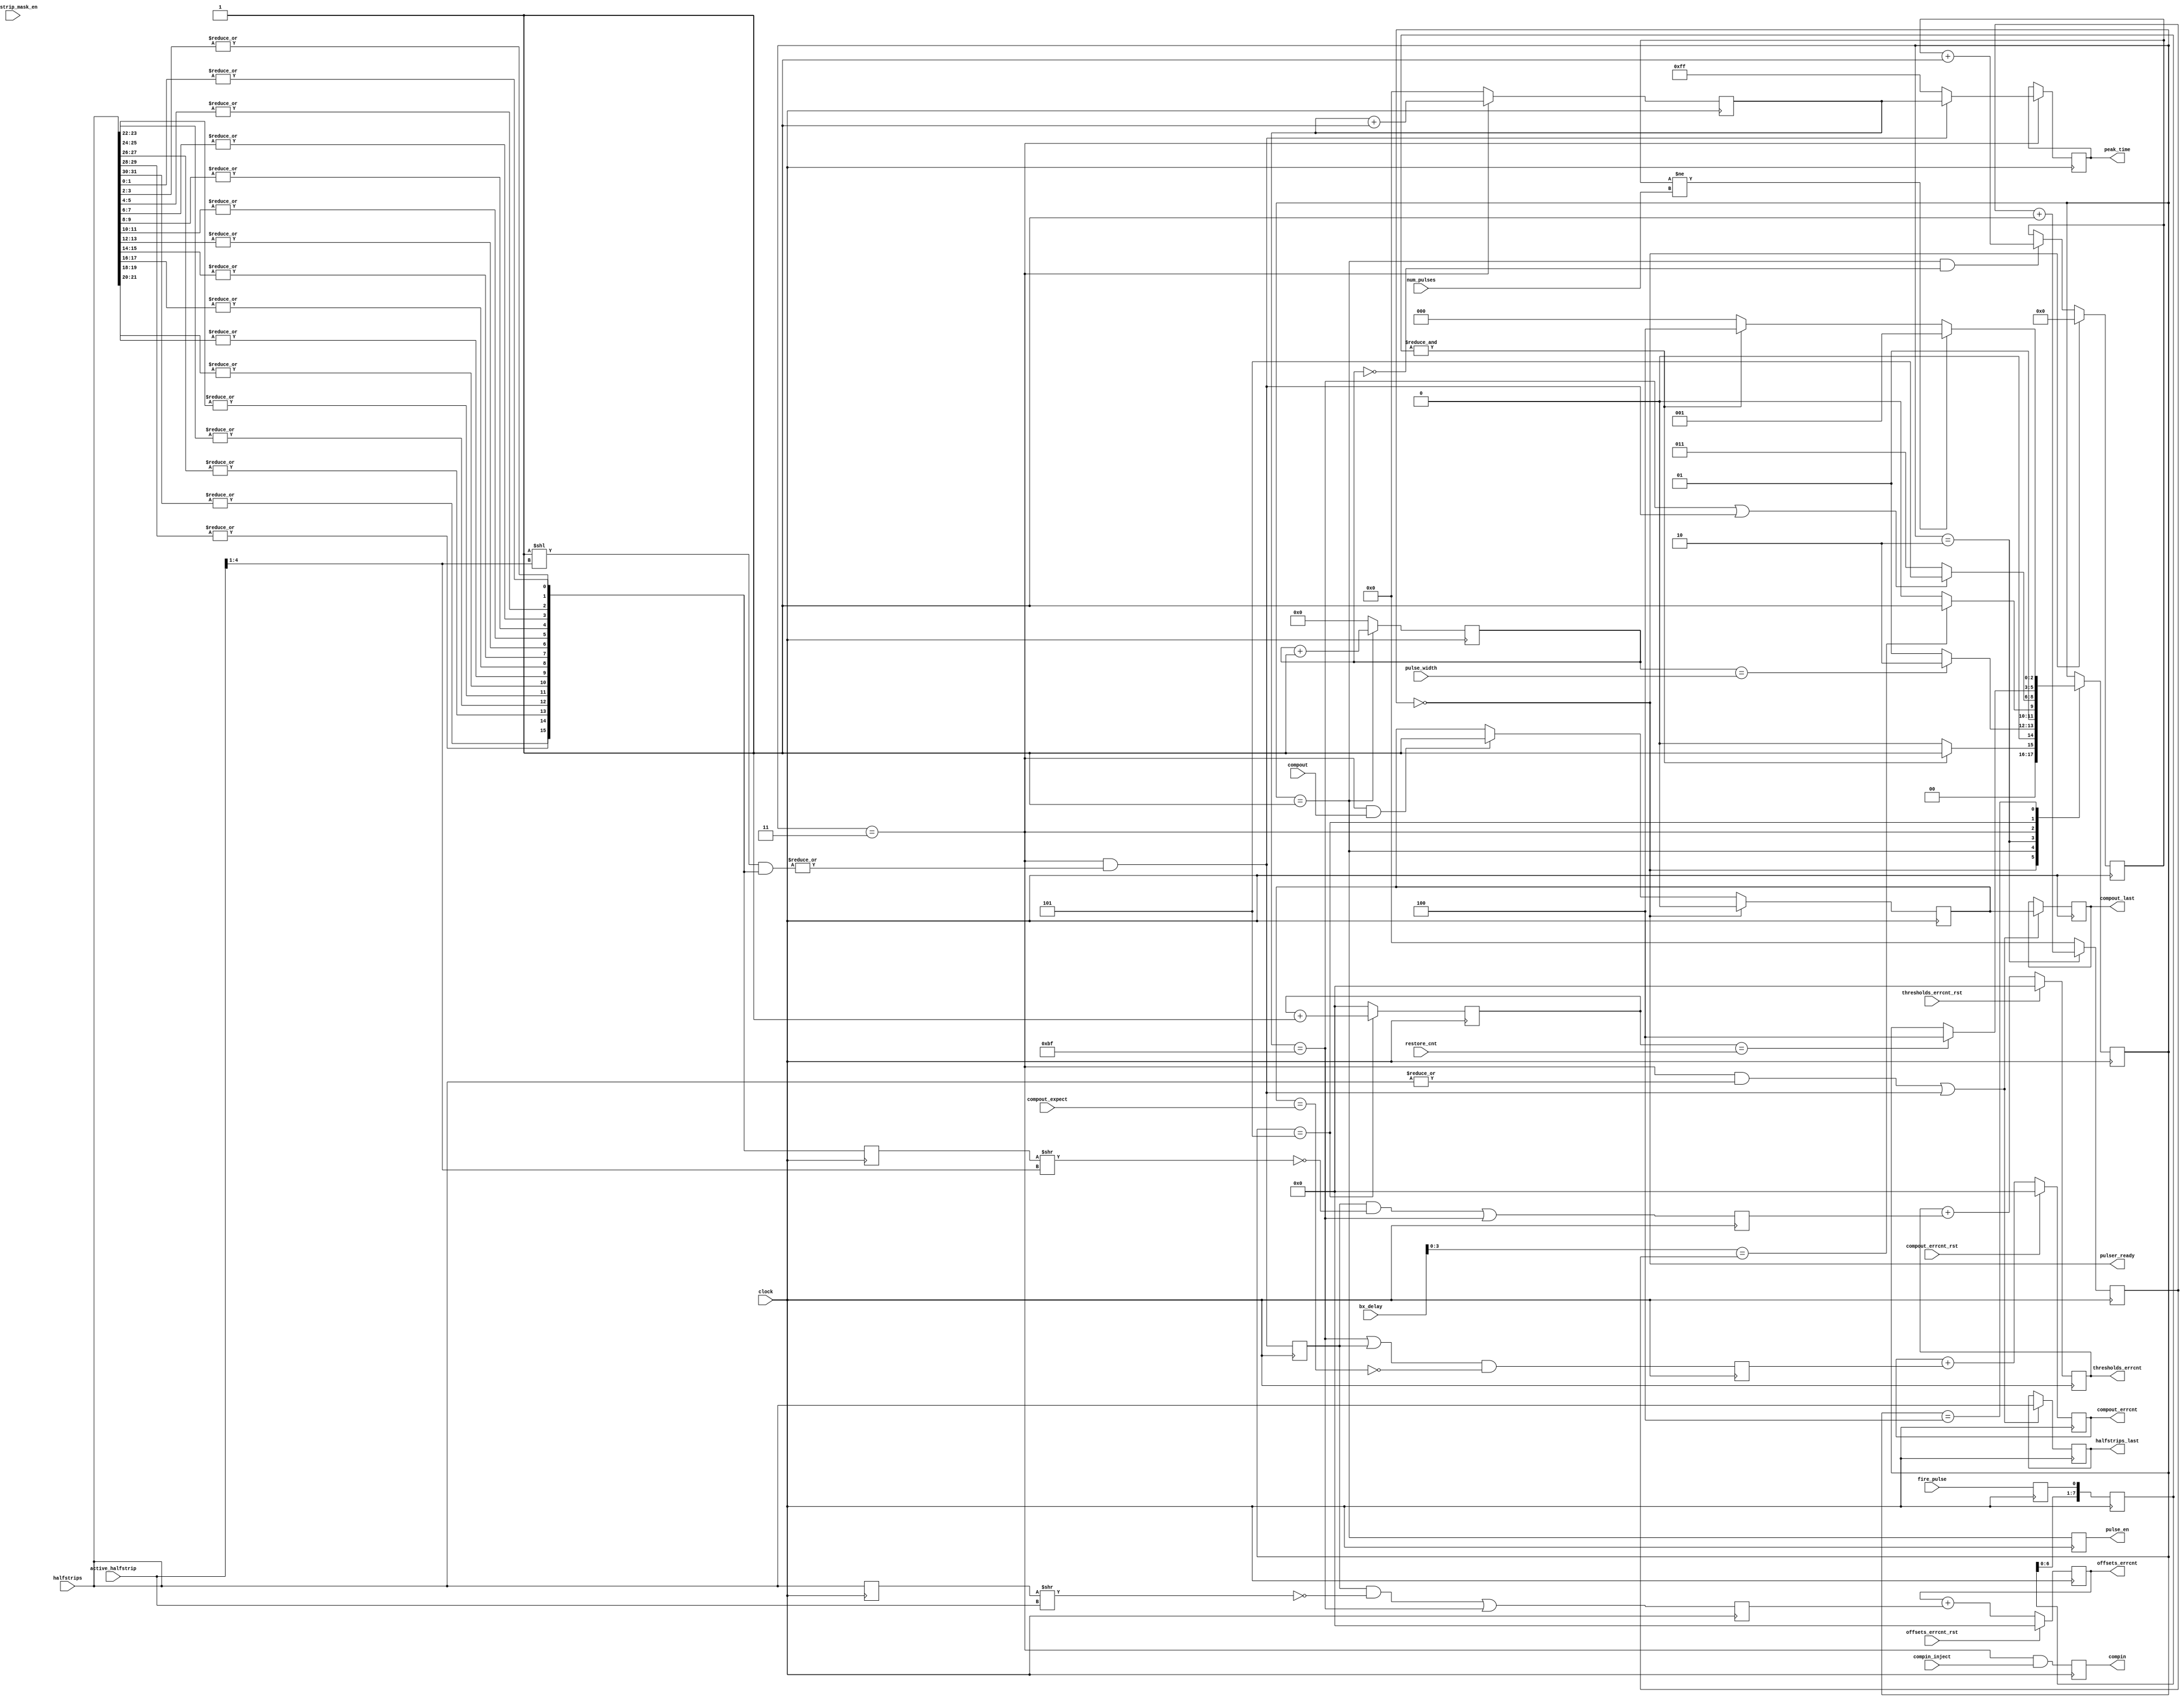
module comparator_injector(

    input      [31:0] halfstrips,
    output reg [31:0] halfstrips_last,

    output reg [15:0] thresholds_errcnt,
    output reg [15:0] offsets_errcnt,
    output reg [15:0] compout_errcnt,

    input compout,
    input compout_expect,
    output reg compout_last,

	  input [4:0] active_halfstrip,
	  input       halfstrip_mask_en,

    input compout_errcnt_rst,
    input offsets_errcnt_rst,
    input thresholds_errcnt_rst,

    input compin_inject,
    output reg compin,

    input fire_pulse,

    input [11:0] num_pulses,
    output pulser_ready,

    input [7:0] bx_delay,
    input [3:0] pulse_width,
	 
	 input [15:0] restore_cnt,
	 
	 output reg [7:0] peak_time,  

    output reg pulse_en,

    input clock
);

reg double_pulse = 0; 

reg fire_ff=0; 
always @(posedge clock)  begin
fire_ff <= fire_pulse; 
end


reg[7:0] fire_pulse_debounced=0; 
always @(posedge clock) begin
	fire_pulse_debounced <= {fire_pulse_debounced[6:0], fire_ff}; 
end

wire fire = &fire_pulse_debounced; 


assign pulser_ready = (pulser_sm==idle);

reg compout_went_high=0; 
always @(posedge clock) begin
	
	if (pulser_sm==idle)
		compout_went_high <= 1'b0; 
	
	else if (pulser_sm==readout && compout)
		compout_went_high <= 1'b1; 

end

/* Latch Halfstrips when the Triad is Updated with Non-zero bits*/
// (1) first condition covers the case that we want to readout the last halfstrips in the case that the chip doesn't trigger
// (2) second condition covers the case that the chip triggers (for just 1bx) so this latches only the hs that generated the trigger + (possibly) triad extended prior hits 
always @(posedge clock) begin
    halfstrips_last <= ((pulser_sm==readout && |halfstrips) || trigger) ? halfstrips : halfstrips_last;
    compout_last    <= ((pulser_sm==readout && |halfstrips) || trigger) ? compout_went_high   : compout_last;
end


reg [31:0] halfstrip_expect_mask;    // 32 bit mask of which halfstrip we should see a pulse on

always @(posedge clock) begin
  halfstrip_expect_mask <= (halfstrip_mask_en) << (active_halfstrip);
end

//reg [15:0] strip_expect_mask; // 16 bit mask of which strip we should see a pulse on (reduced from halfstrip mask)
wire [15:0] strips; // 16 bit mask of which strip we should see a pulse on (reduced from halfstrip mask)
genvar istrip;
generate
  for (istrip=0; istrip<16; istrip=istrip+1) begin: stripmask_loop
//always @(posedge clock) begin
//   strip_expect_mask [istrip] <= |(halfstrip_expect_mask[istrip*2+1:istrip*2]);
//  end
//   
	 assign strips[istrip] = |(halfstrips[istrip*2+1:istrip*2]);
  end
endgenerate

reg [15:0] strips_ff; 
reg [31:0] halfstrips_ff; 
always @(posedge clock) begin
strips_ff <= strips; 
halfstrips_ff <= halfstrips; 
end


wire [15:0] trigger_mask;  // this is a hack due to the fact that we can't turn off individual pulse muxers
//assign trigger_mask [0] = (active_halfstrip!=31 && active_halfstrip!=30);  // don't look at 0 when we are pulsing 15
//assign trigger_mask [15] = (active_halfstrip!=0 && active_halfstrip!=1); // don't look at 15 when we are pusling 0
//assign trigger_mask [14:1] = (-1);  // these are always OK

assign trigger_mask = 1'b1<<(active_halfstrip>>1'b1);   // trigger on either hit on this STRIP (either halfstrip)

assign trigger = (pulser_sm==readout) &&  (|( trigger_mask & strips));

reg trigger_ff; 
always @ (posedge clock)
trigger_ff <= trigger;

//----------------------------------------------------------------------------------------------------------------------
// Pulser State Machine
//----------------------------------------------------------------------------------------------------------------------

parameter sm_cnt=4;

reg [7:0] timeout_cnt;

reg [3:0] pulse_width_cnt=0;
reg [15:0] baseline_restore_cnt=0;
reg [7:0] delay_cnt=0;
reg [11:0] num_pulsed=0;

reg [2:0] pulser_sm = 3'h0;

parameter [7:0] TIMEOUT = 191;

parameter [2:0] idle      = 3'd0;
parameter [2:0] pulsing   = 3'd1;
parameter [2:0] delay     = 3'd2;
parameter [2:0] readout   = 3'd3;
parameter [2:0] rearming  = 3'd4;
parameter [2:0] restore   = 3'd5;

wire timed_out = (timeout_cnt==TIMEOUT);

always @(posedge clock)
begin

    case (pulser_sm)
	 
			// idle, waiting for signal
        idle    : pulser_sm <= (fire)                                         ? pulsing   : idle;

			// pulsing, turn on pulse for n-clocks
        pulsing : pulser_sm <= (pulse_width_cnt==pulse_width)                 ? delay     : pulsing;

			// delay, wait for n-clocks before checking data
        delay   : pulser_sm <= (bx_delay[3:0]==delay_cnt)                     ? readout   : delay;

			// readout, wait for trigger or timeout
        readout : begin
							
							 if (timed_out || trigger) 		      	pulser_sm <= restore; 
							 else 	             							pulser_sm <= readout; 
							 
							 if (trigger) 								peak_time <= timeout_cnt; 
							 else 								peak_time <= (-1);  
								
			end
			
    		// restore, wait for baseline to restore
			restore : begin
			
			if (baseline_restore_cnt==restore_cnt)
				pulser_sm <= rearming; 
				
			end
	
		   // rearming for next pulse
			rearming: begin
		  
				if 	  (num_pulsed!=num_pulses) 	pulser_sm <= pulsing; 
				else if (fire) 							pulser_sm <= rearming; // hold in rearming state until fire is deasserted
				else 		                       		pulser_sm <= idle; 
				
		  end
		  
    endcase

end

always @ (posedge clock) begin

  if (pulser_sm==idle) begin
    num_pulsed <= 0;
  end
  else if (pulser_sm==pulsing && pulse_width_cnt==0) begin
    // increment when we are pulsing, but only once
    num_pulsed      <= (num_pulsed+1'b1);
  end


	pulse_width_cnt <= (pulser_sm==pulsing) ? (pulse_width_cnt+1'b1) : 0;
  
	if (pulser_sm==restore)
		baseline_restore_cnt <= baseline_restore_cnt + 1'b1;
	else 
		baseline_restore_cnt <= 1'b0; 
	
	
  timeout_cnt     <= (pulser_sm==readout) ? (timeout_cnt+1'b1)     : 0;

  delay_cnt       <= (pulser_sm==delay)   ? (delay_cnt+1'b1)       : 0;

end

always @(posedge clock) begin
pulse_en <= (pulser_sm==pulsing || (pulser_sm==readout && timeout_cnt<=pulse_width && double_pulse==1));
compin   <= (pulser_sm==readout && compin_inject);
end

wire [3:0] active_strip = (active_halfstrip>>1'b1);

wire thresholds_match = 1'b1 & (strips_ff     >> active_strip); // there is a  response on the correct strip (ignore halfstrip)
wire offsets_match    = 1'b1 & (halfstrips_ff >> active_halfstrip); // there is a response on the correct halfstrip

wire compout_match    = (compout_went_high==compout_expect);

reg thresholds_err;
reg offsets_err;
reg compout_err;

always @ (posedge clock) begin

    thresholds_err    <= (trigger_ff && !thresholds_match) || timed_out; // error if we see strips, but not the right one  || if we see no strips at all
    offsets_err       <= (trigger_ff && !offsets_match)    || timed_out;

//    thresholds_err    <= (trigger && pulser_sm==readout && !thresholds_match) || timed_out; // error if we see strips, but not the right one  || if we see no strips at all
//    offsets_err       <= (trigger && pulser_sm==readout && !offsets_match);
    
	 compout_err       <= ((timed_out || trigger_ff)) && !compout_match;

    thresholds_errcnt <= (thresholds_errcnt_rst) ? 16'd0 : thresholds_errcnt + thresholds_err;
    offsets_errcnt    <= (offsets_errcnt_rst)    ? 16'd0 : offsets_errcnt    +    offsets_err;
    compout_errcnt    <= (compout_errcnt_rst)    ? 16'd0 : compout_errcnt    +    compout_err;

end

//----------------------------------------------------------------------------------------------------------------------
endmodule